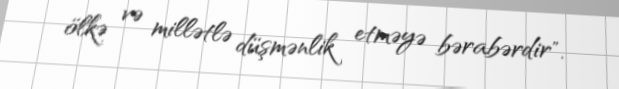
ölkə və millətlə düşmənlik etməyə bərabərdir".